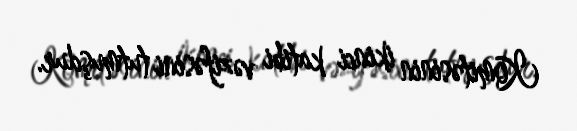
Komitəsinin ikinci katibi vəzifəsini tutmuşdur.